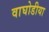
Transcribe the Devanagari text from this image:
वाघोडीया